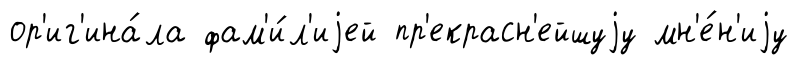
ор'иг'ина́ла фам'и́л'иjей пр'екрасн'ейшуjу мн'е́н'иjу